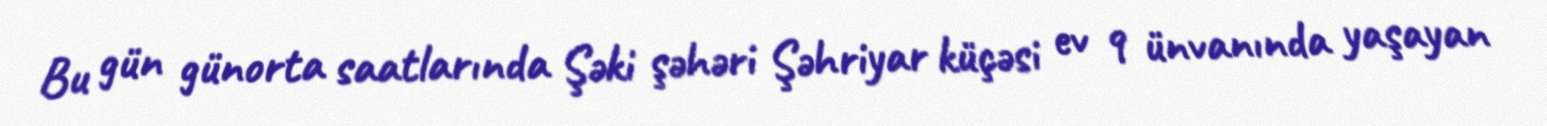
Bu gün günorta saatlarında Şəki şəhəri Şəhriyar küçəsi ev 9 ünvanında yaşayan